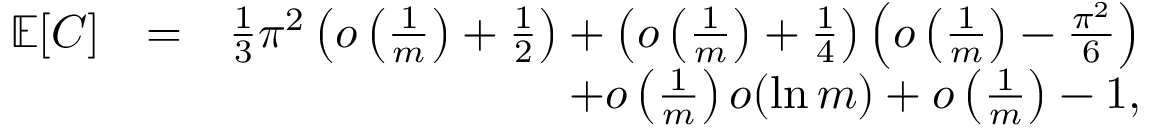
\begin{array} { r l r } { \mathbb { E } \! \left[ C \right] } & { = } & { \frac { 1 } { 3 } \pi ^ { 2 } \left( o \left( \frac { 1 } { m } \right) + \frac { 1 } { 2 } \right) + \left( o \left( \frac { 1 } { m } \right) + \frac { 1 } { 4 } \right) \left( o \left( \frac { 1 } { m } \right) - \frac { \pi ^ { 2 } } { 6 } \right) } \\ & { } & { + o \left( \frac { 1 } { m } \right) o ( \ln m ) + o \left( \frac { 1 } { m } \right) - 1 , } \end{array}